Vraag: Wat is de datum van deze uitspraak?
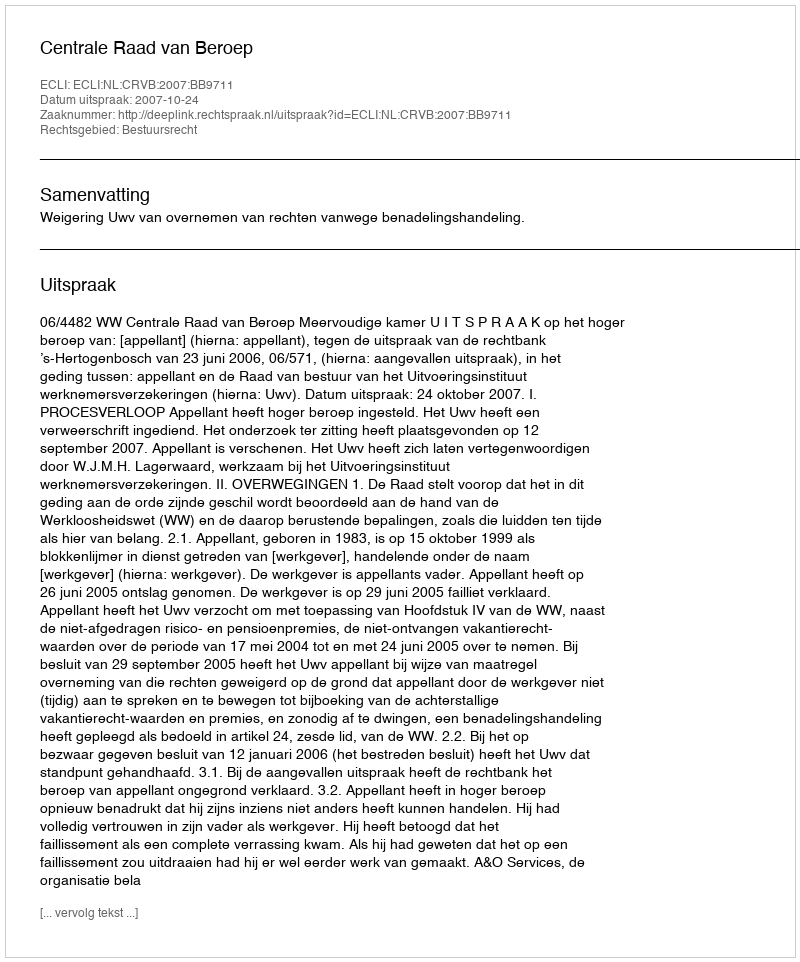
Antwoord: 2007-10-24